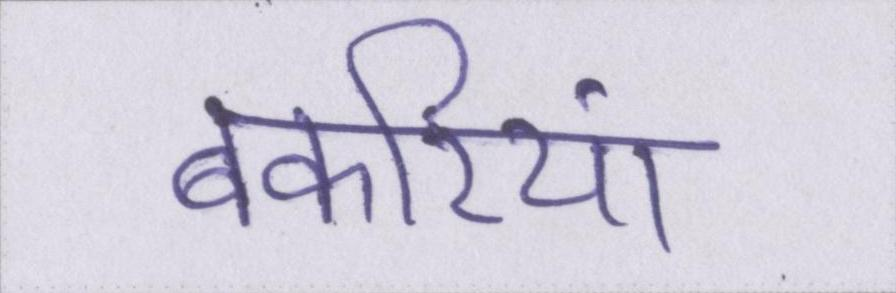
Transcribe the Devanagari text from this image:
बकरियां